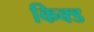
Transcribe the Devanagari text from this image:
किक्ड